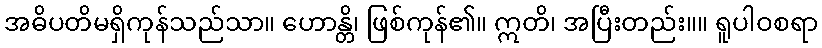
အဓိပတိမရှိကုန်သည်သာ။ ဟောန္တိ၊ ဖြစ်ကုန်၏။ ဣတိ၊ အပြီးတည်း။။ ရူပါဝစရာ